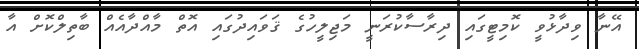
އޭނާ ވިދާޅުވީ ކޮމިޓީގައި ދިރާސާކުރަނީ މަޖިލީހުގެ ޤަވައިދުގައި އޮތް މާއްދާއެއް ބާތިލްކޮށް އާ